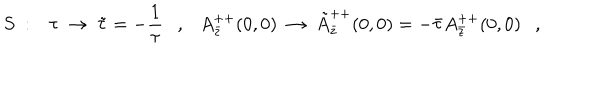
S \ : \ \ \ \tau \ \rightarrow \ \tilde { \tau } = - \frac { 1 } { \tau } \ \ \ , \ \ \ A _ { \bar { z } } ^ { + + } ( 0 , 0 ) \ \rightarrow \ \tilde { A } _ { \bar { z } } ^ { + + } ( 0 , 0 ) = - \bar { \tau } A _ { \bar { z } } ^ { + + } ( 0 , 0 ) \ \ \ ,